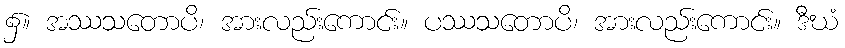
၌။ အဿသတောပိ၊ အားလည်းကောင်း။ ပဿသတောပိ၊ အားလည်းကောင်း။ ဒီဃံ